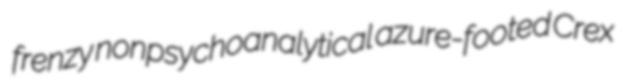
frenzy nonpsychoanalytical azure-footed Crex